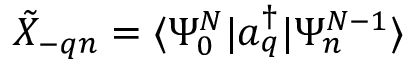
\tilde { X } _ { - q n } = \langle \Psi _ { 0 } ^ { N } | a _ { q } ^ { \dagger } | \Psi _ { n } ^ { N - 1 } \rangle